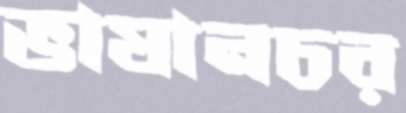
ভাষানচর